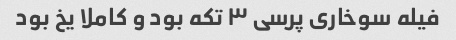
فیله سوخاری پرسی ٣ تکه بود و کاملا یخ بود